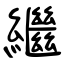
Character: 繼